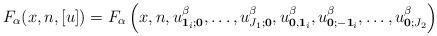
LaTeX: \begin{align*}F_{\alpha}(x,n,[u])=F_{\alpha}\left(x,n,u^{\beta}_{\bold{1}_i;\bold{0}},\ldots,u^{\beta}_{J_1;\bold{0}},u^{\beta}_{\bold{0},\bold{1}_i},u^{\beta}_{\bold{0};-\bold{1}_i},\ldots,u^{\beta}_{\bold{0};J_2}\right)\end{align*}